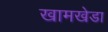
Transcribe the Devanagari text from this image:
खामखेडा